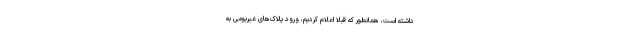
داشته است، همانطور که قبلا اعلام کردیم، ورود پلاک‌های غیربومی به